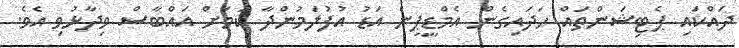
ދައްކައި ޕެޓިޝަންތައް ހަދައިގެން އެމްޑީޕީން އަޑު އުފުލަމުންދާ ކަމަށް އައްބާސް ވިދާޅުވި އެވެ.